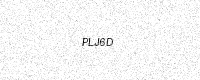
Text: PLJ6D